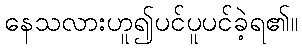
နေသလားဟူ၍ပင်ပူပင်ခဲ့ရ၏။